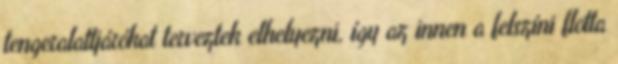
tengeralattjárókat terveztek elhelyezni, így az innen a felszíni flotta